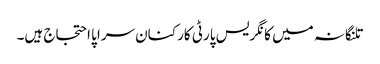
تلنگانہ میں کانگریس پارٹی کارکنان سراپا احتجاج ہیں۔